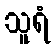
သူရံ